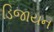
ડિજાયન